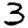
Digit: 3